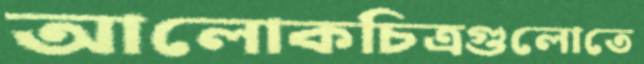
আলোকচিত্রগুলোতে